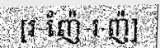
[រ-ញ៉ែ-រ-ញ៉]